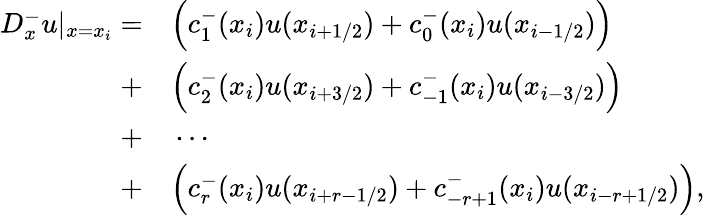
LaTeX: \begin{array}{rl}{D_{x}^{-}u|_{x=x_{i}}=}&{{}\Big(c_{1}^{-}(x_{i})u(x_{i+1/2})+c_{0}^{-}(x_{i})u(x_{i-1/2})\Big)}\\ {+}&{{}\Big(c_{2}^{-}(x_{i})u(x_{i+3/2})+c_{-1}^{-}(x_{i})u(x_{i-3/2})\Big)}\\ {+}&{{}\cdots}\\ {+}&{{}\Big(c_{r}^{-}(x_{i})u(x_{i+r-1/2})+c_{-r+1}^{-}(x_{i})u(x_{i-r+1/2})\Big),}\end{array}